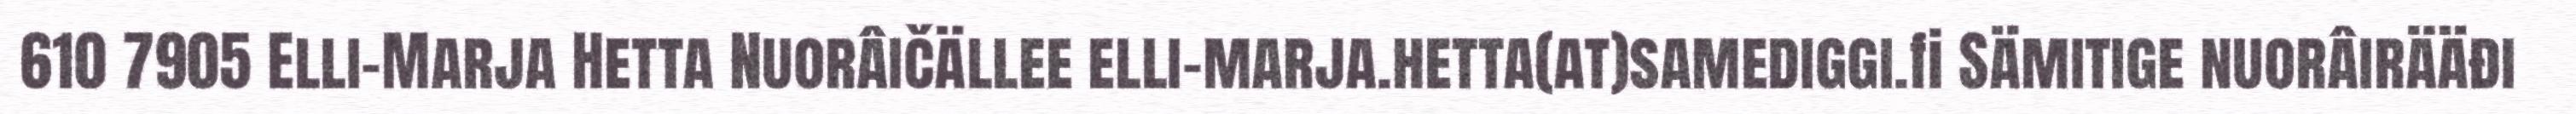
610 7905 Elli-Marja Hetta Nuorâičällee elli-marja.hetta(at)samediggi.fi Sämitige nuorâirääđi